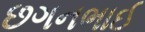
છગનભાઈ